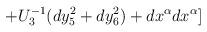
LaTeX: \begin{align*}+U_3^{-1}(dy_5^2+dy_6^2)+dx^{\alpha}dx^{\alpha}]\end{align*}